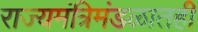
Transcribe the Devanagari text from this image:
राज्यमंत्रिमंडळातही